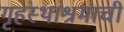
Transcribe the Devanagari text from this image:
गृहस्थाश्रमाची